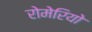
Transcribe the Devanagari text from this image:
रोमेरियो